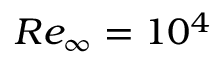
R e _ { \infty } = 1 0 ^ { 4 }